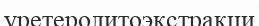
уретеролитоэкстракци